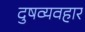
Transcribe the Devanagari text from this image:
दुषव्यवहार